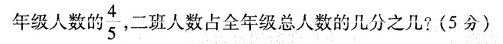
年级人数的\frac{4}{5} 二班人数占全年级总人数的几分之几?(5分)